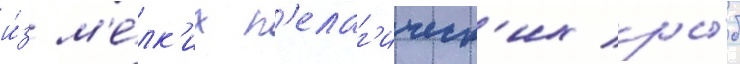
и́з м'е́лк'их п'елаг'ическ'их ры́б